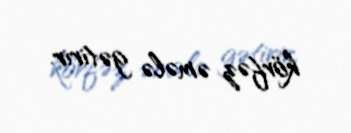
körfəz əmələ gətirir.